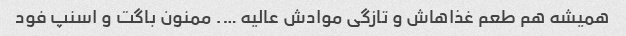
همیشه هم طعم غذاهاش و تازگی موادش عالیه …. ممنون باگت و اسنپ فود